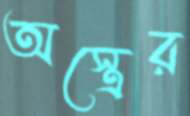
অস্ত্রের